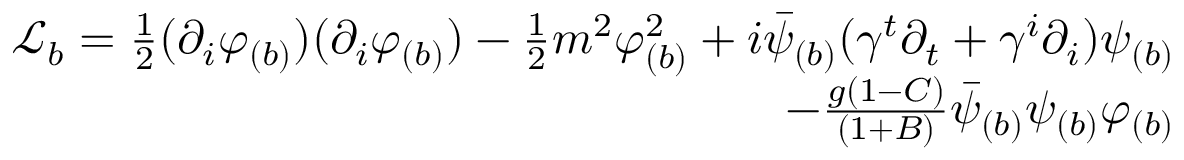
\begin{array} { r } { \mathcal { L } _ { b } = \frac { 1 } { 2 } ( \partial _ { i } \varphi _ { ( b ) } ) ( \partial _ { i } \varphi _ { ( b ) } ) - \frac { 1 } { 2 } m ^ { 2 } \varphi _ { ( b ) } ^ { 2 } + i \bar { \psi } _ { ( b ) } ( \gamma ^ { t } \partial _ { t } + \gamma ^ { i } \partial _ { i } ) \psi _ { ( b ) } } \\ { - \frac { g ( 1 - C ) } { ( 1 + B ) } \bar { \psi } _ { ( b ) } \psi _ { ( b ) } \varphi _ { ( b ) } } \end{array}